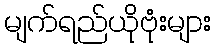
မျက်ရည်ယိုဗုံးများ